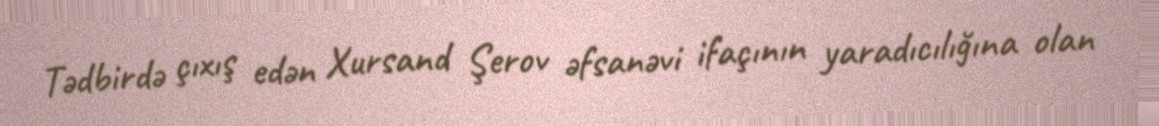
Tədbirdə çıxış edən Xursand Şerov əfsanəvi ifaçının yaradıcılığına olan